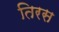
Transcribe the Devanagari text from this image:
तिरस